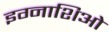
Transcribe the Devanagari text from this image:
इग्नाशिओ